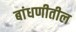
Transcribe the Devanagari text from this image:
बांधणीतील